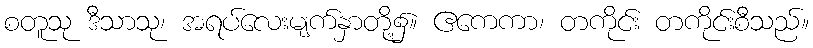
စတူသု ဒီသာသု၊ အရပ်လေးမျက်နှာတို့၌။ ဧကေကာ၊ တကိုင်း တကိုင်းစီသည်။